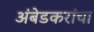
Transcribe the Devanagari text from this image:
अंबेडकरांचा